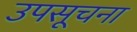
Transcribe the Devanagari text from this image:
उपसूचना